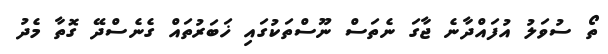
ތޯ ސުވަލު އުފައްދާނެ ޖާގަ ނެތަސް ނޫސްތަކުގައި ޚަބަރުތައް ގެނެސްދޭ ގޮތާ މެދު